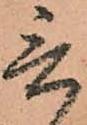
言